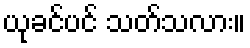
ယုခင်ပင် သတ်သလား။